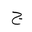
Letter: _gim